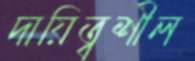
দায়িত্বশীল